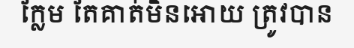
ក្លែម តែគាត់មិនអោយ ត្រូវបាន